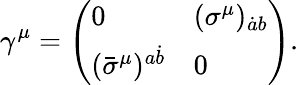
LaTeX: \gamma^{\mu}=\left(\begin{array}{ll}{0}&{(\sigma^{\mu})_{\dot{a}b}}\\ {(\bar{\sigma}^{\mu})^{a\dot{b}}}&{0}\end{array}\right).